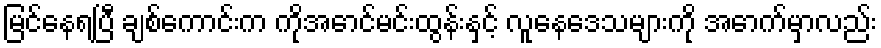
မြင်နေရပြီ ချစ်ကောင်းက ကိုအောင်မင်းထွန်းနှင့် လူနေဒေသများကို အောက်မှာလည်း